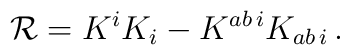
{\cal R}= K^i K_i - K^{a b\,i}K_{a b \,i}\,.